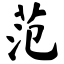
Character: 范